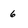
Character: 6